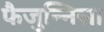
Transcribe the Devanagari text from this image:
फैजुन्निसा